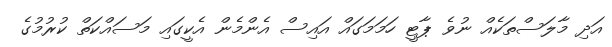
އަދި މާލަސްތަކެއް ނުވެ ޕާޓީ ހަމަމަގައް އައިސް އެންމެން އެކީގައި މަސައްކަތް ކުރުމުގެ